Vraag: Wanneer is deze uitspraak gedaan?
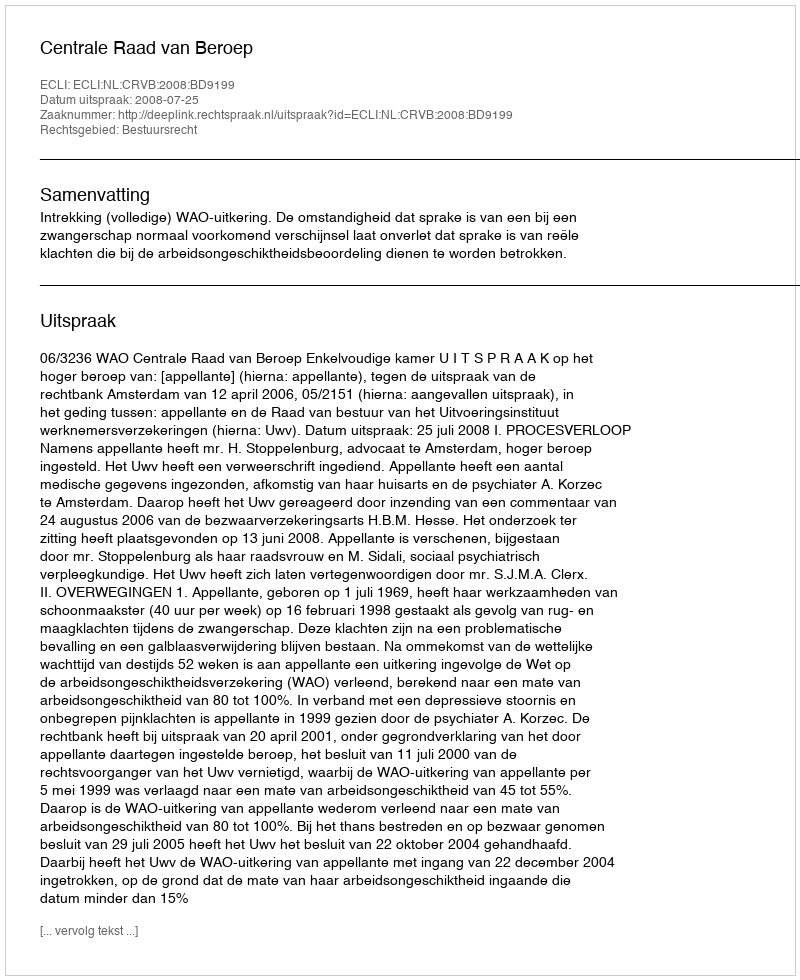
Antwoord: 2008-07-25